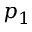
p _ { 1 }